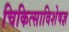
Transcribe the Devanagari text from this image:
चिकित्साविशेषज्ञ